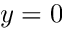
y = 0